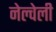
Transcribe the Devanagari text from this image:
नेल्वेली